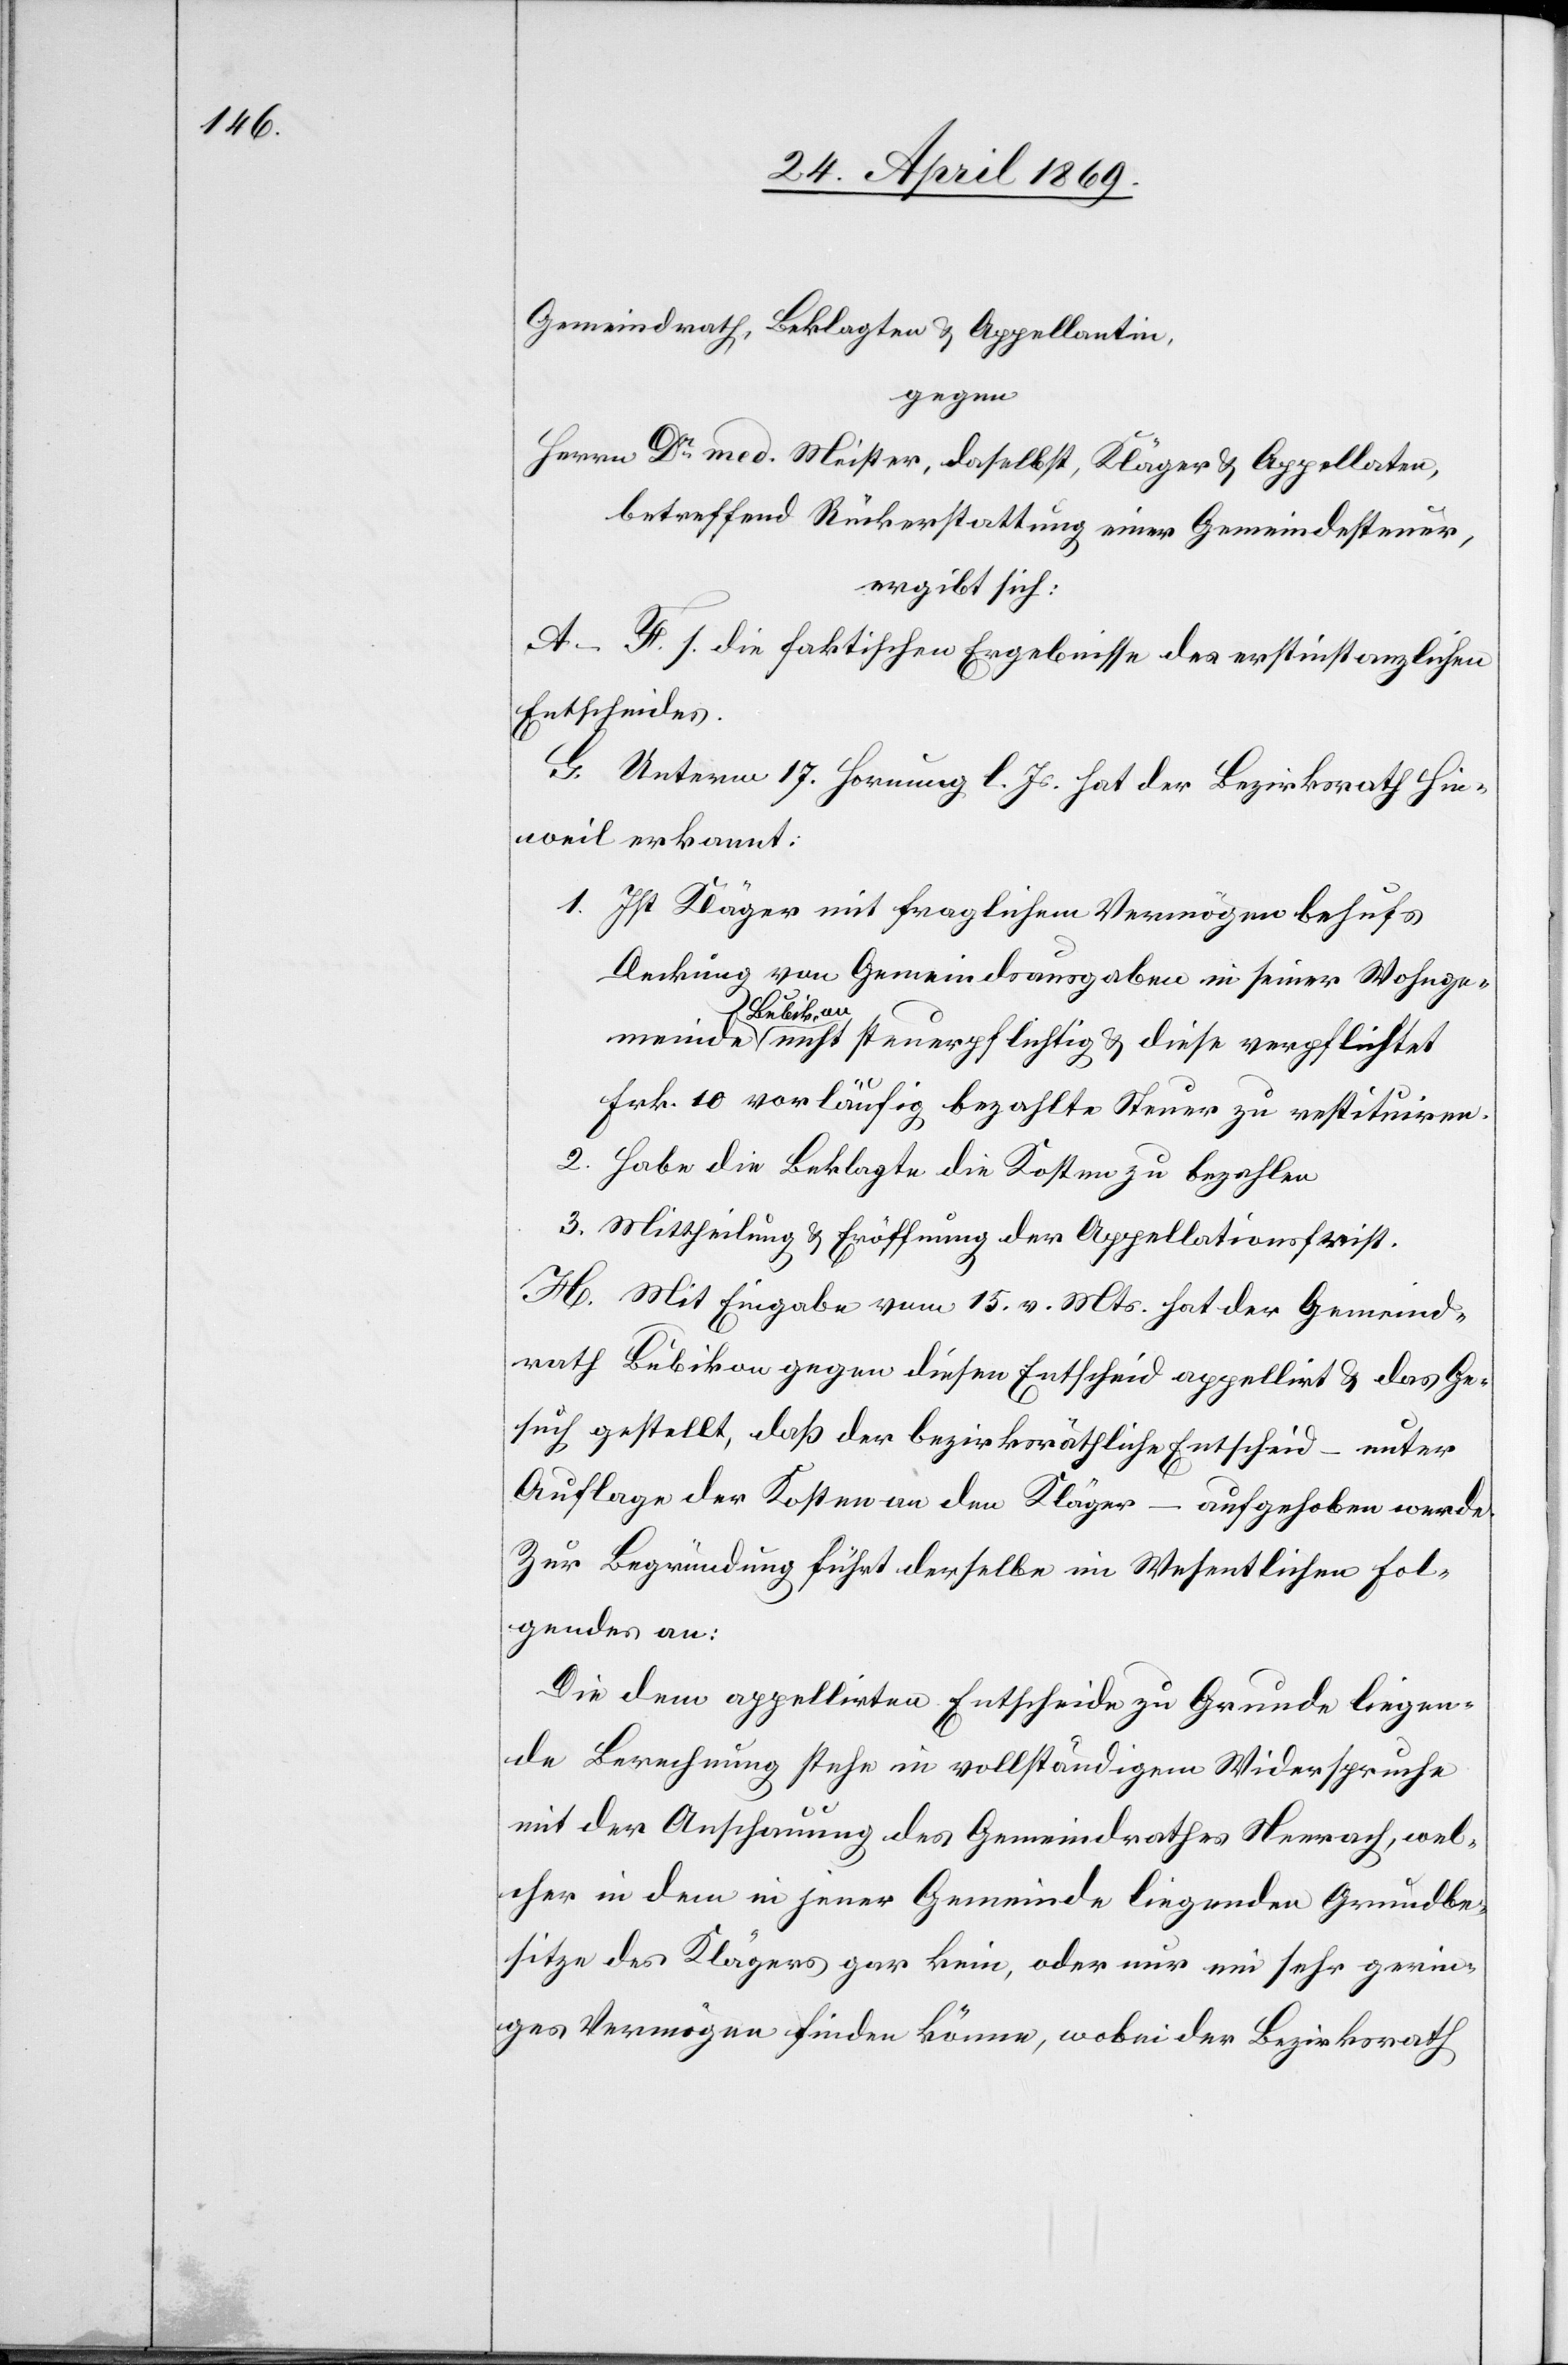
Gemeindrath, Beklagten u. Appellantin,
gegen
Herrn Dr med. Meister, daselbst, Kläger u. Appellaten,
betreffend Rückerstattung einer Gemeindesteuer,
ergibt sich:
A–F. s. die faktischen Ergebnisse des erstinstanzlichen
Entscheides.
G. Unterm 17. Hornung l. Js. hat der Bezirksrath Hin¬
weil erkannt:
1. Ist Kläger mit fraglichem Vermögen behufs
Deckung von Gemeindsausgaben in seiner Wohnge¬
meinde Bubikon nicht steuerpflichtig u. diese verpflichtet
Frk. 10 vorläufig bezahlte Steuer zu restituiren.
2. Habe die Beklagte die Kosten zu bezahlen.
3. Mittheilung u. Eröffnung der Appellationsfrist.
H. Mit Eingabe vom 15. v. Mts. hat der Gemeind¬
rath Bubikon gegen diesen Entscheid appellirt u. das Ge¬
such gestellt, daß der bezirksräthliche Entscheid – unter
Auflage der Kosten an den Kläger – aufgehoben werde.
Zur Begründung führt derselbe im Wesentlichen Fol¬
gendes an:
Die dem appellirten Entscheide zu Grunde liegen¬
de Berechnung stehe im vollständigen Widerspruche
mit der Anschauung des Gemeindrathes Neerach, wel¬
cher in dem in jener Gemeinde liegenden Grundbe¬
sitze des Klägers gar kein, oder nur ein sehr gerin¬
ges Vermögen finden könne, wobei der Bezirksrath